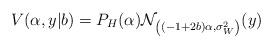
LaTeX: \begin{align*}V(\alpha, y | b) = P_H(\alpha)\mathcal{N}_{\left((-1 + 2b)\alpha, \sigma^2_W\right)}(y)\end{align*}